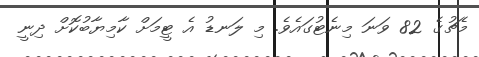
މެޗުގެ 82 ވަނަ މިނެޓުގައެވެ. މި ލަނޑު އެ ޓީމަށް ކާމިޔާބުކޮށް ދިނީ